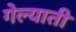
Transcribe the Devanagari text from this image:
गेल्याती